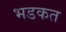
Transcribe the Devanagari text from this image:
भडकत